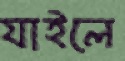
যাইলে